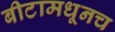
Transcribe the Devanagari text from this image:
बीटामधूनच